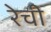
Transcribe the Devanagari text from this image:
रेची